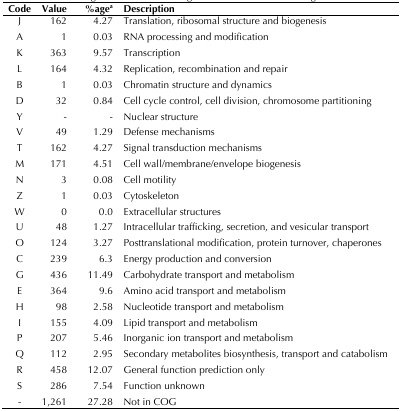
<table><thead><tr><td><b>Code</b></td><td><b>Value</b></td><td><b>%age<sup>a</sup></b></td><td><b>Description</b></td></tr></thead><tbody><tr><td>J</td><td>162</td><td>4.27</td><td>Translation, ribosomal structure and biogenesis</td></tr><tr><td>A</td><td>1</td><td>0.03</td><td>RNA processing and modification</td></tr><tr><td>K</td><td>363</td><td>9.57</td><td>Transcription</td></tr><tr><td>L</td><td>164</td><td>4.32</td><td>Replication, recombination and repair</td></tr><tr><td>B</td><td>1</td><td>0.03</td><td>Chromatin structure and dynamics</td></tr><tr><td>D</td><td>32</td><td>0.84</td><td>Cell cycle control, cell division, chromosome partitioning</td></tr><tr><td>Y</td><td>-</td><td>-</td><td>Nuclear structure</td></tr><tr><td>V</td><td>49</td><td>1.29</td><td>Defense mechanisms</td></tr><tr><td>T</td><td>162</td><td>4.27</td><td>Signal transduction mechanisms</td></tr><tr><td>M</td><td>171</td><td>4.51</td><td>Cell wall/membrane/envelope biogenesis</td></tr><tr><td>N</td><td>3</td><td>0.08</td><td>Cell motility</td></tr><tr><td>Z</td><td>1</td><td>0.03</td><td>Cytoskeleton</td></tr><tr><td>W</td><td>0</td><td>0.0</td><td>Extracellular structures</td></tr><tr><td>U</td><td>48</td><td>1.27</td><td>Intracellular trafficking, secretion, and vesicular transport</td></tr><tr><td>O</td><td>124</td><td>3.27</td><td>Posttranslational modification, protein turnover, chaperones</td></tr><tr><td>C</td><td>239</td><td>6.3</td><td>Energy production and conversion</td></tr><tr><td>G</td><td>436</td><td>11.49</td><td>Carbohydrate transport and metabolism</td></tr><tr><td>E</td><td>364</td><td>9.6</td><td>Amino acid transport and metabolism</td></tr><tr><td>H</td><td>98</td><td>2.58</td><td>Nucleotide transport and metabolism</td></tr><tr><td>I</td><td>155</td><td>4.09</td><td>Lipid transport and metabolism</td></tr><tr><td>P</td><td>207</td><td>5.46</td><td>Inorganic ion transport and metabolism</td></tr><tr><td>Q</td><td>112</td><td>2.95</td><td>Secondary metabolites biosynthesis, transport and catabolism</td></tr><tr><td>R</td><td>458</td><td>12.07</td><td>General function prediction only</td></tr><tr><td>S</td><td>286</td><td>7.54</td><td>Function unknown</td></tr><tr><td>-</td><td>1,261</td><td>27.28</td><td>Not in COG</td></tr></tbody></table>